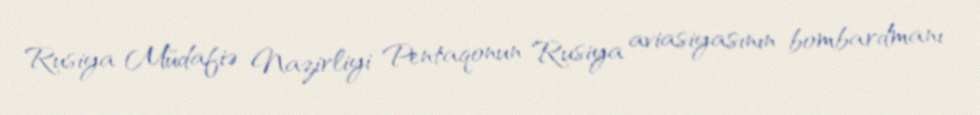
Rusiya Müdafiə Nazirliyi Pentaqonun Rusiya aviasiyasının bombardmanı